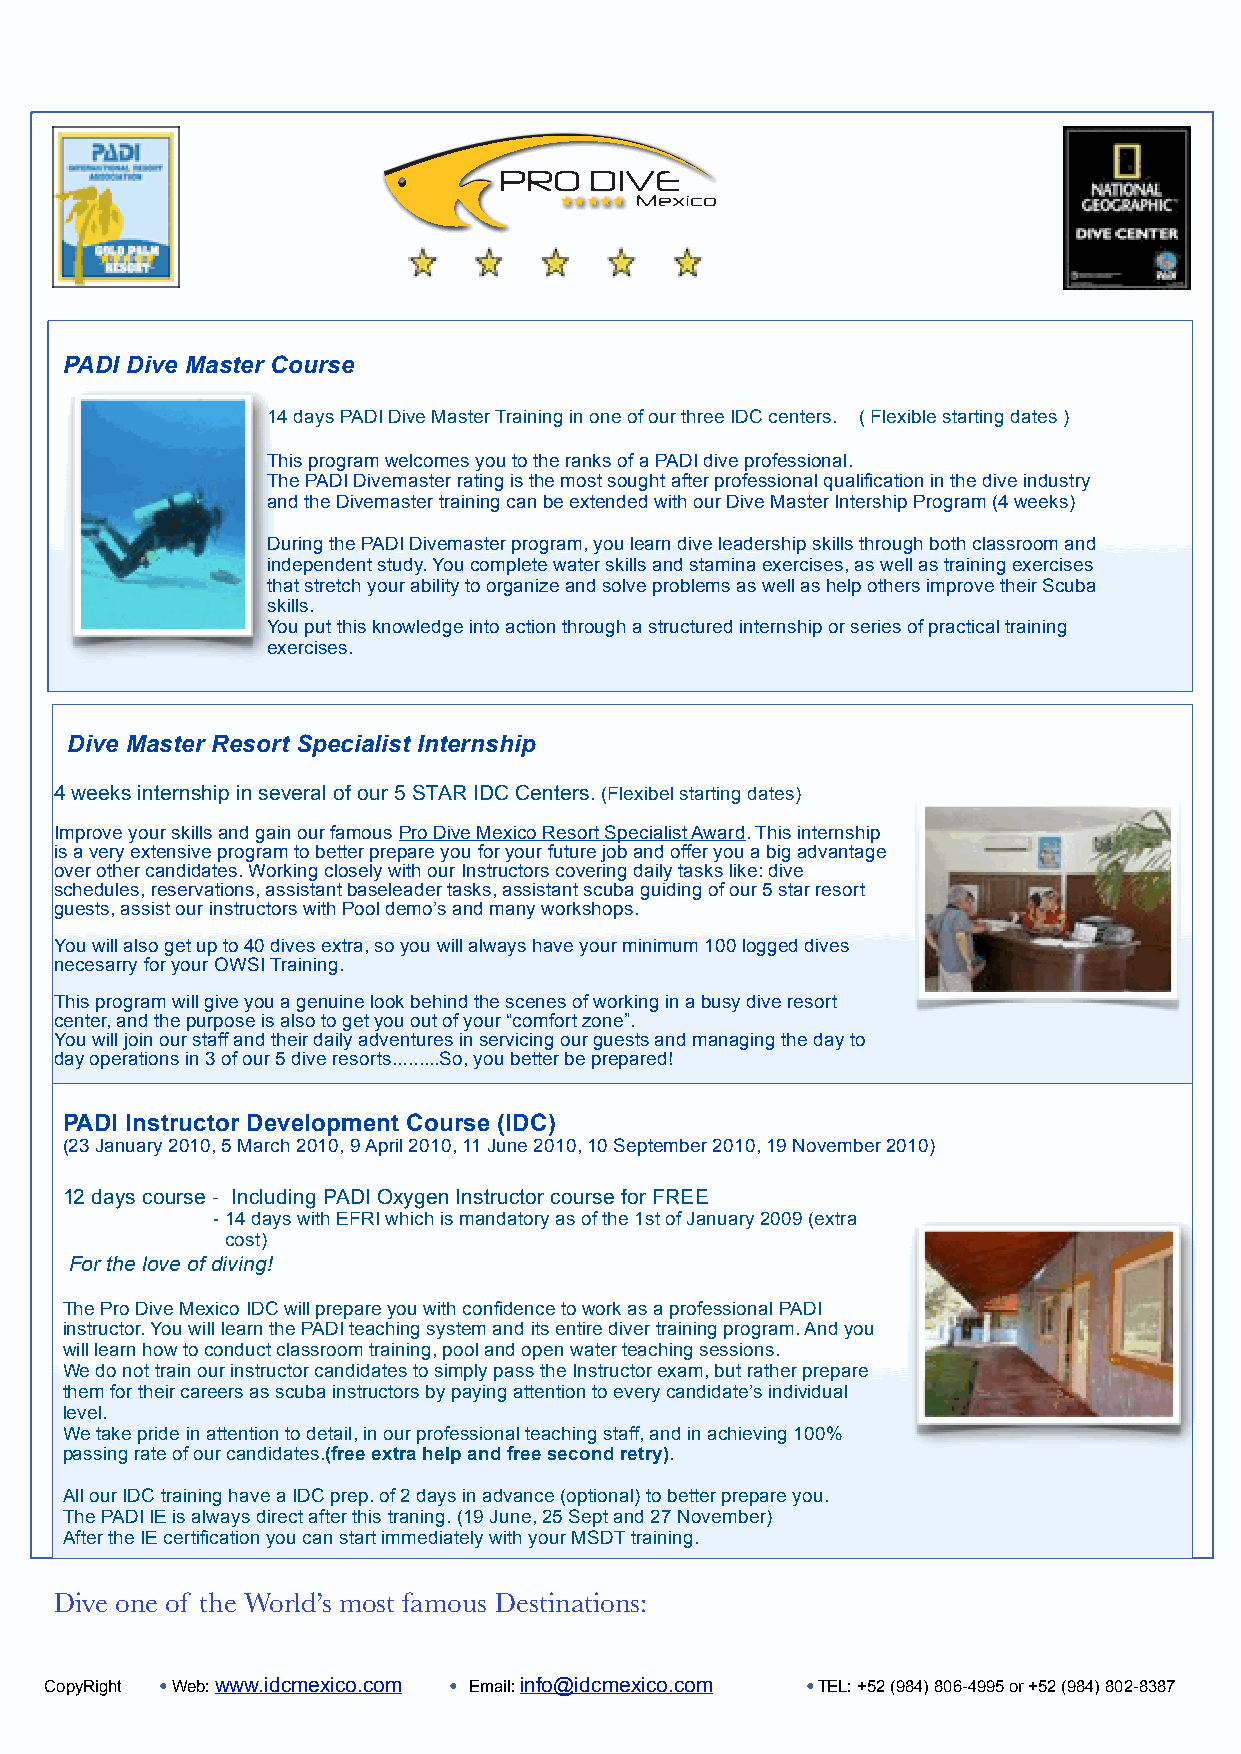
PADI Dive Master Course
 14 days PADI Dive Master Training in one of our three IDC centers. ( Flexible starting dates )
 This program welcomes you to the ranks of a PADI dive professional.
 The PADI Divemaster rating is the most sought after professional qualification in the dive industry
 and the Divemaster training can be extended with our Dive Master Intership Program (4 weeks)
 During the PADI Divemaster program, you learn dive leadership skills through both classroom and
 independent study. You complete water skills and stamina exercises, as well as training exercises
 that stretch your ability to organize and solve problems as well as help others improve their Scuba
 skills.
 You put this knowledge into action through a structured internship or series of practical training
 exercises.
 Dive Master Resort Specialist Internship
 4 weeks internship in several of our 5 STAR IDC Centers. (Flexibel starting dates)
 Improve your skills and gain our famous Pro Dive Mexico Resort Specialist Award. This internship
 is a very extensive program to better prepare you for your future job and offer you a big advantage
 over other candidates. Working closely with our Instructors covering daily tasks like: dive
 schedules, reservations, assistant baseleader tasks, assistant scuba guiding of our 5 star resort
 guests, assist our instructors with Pool demo’s and many workshops.
 You will also get up to 40 dives extra, so you will always have your minimum 100 logged dives
 necesarry for your OWSI Training.
 This program will give you a genuine look behind the scenes of working in a busy dive resort
 center, and the purpose is also to get you out of your “comfort zone”.
 You will join our staff and their daily adventures in servicing our guests and managing the day to
 day operations in 3 of our 5 dive resorts.........So, you better be prepared!
 PADI Instructor Development Course (IDC)
 (23 January 2010, 5 March 2010, 9 April 2010, 11 June 2010, 10 September 2010, 19 November 2010)
 12 days course - Including PADI Oxygen Instructor course for FREE
 - 14 days with EFRI which is mandatory as of the 1st of January 2009 (extra
 cost)
 For the love of diving!
 The Pro Dive Mexico IDC will prepare you with confidence to work as a professional PADI
 instructor. You will learn the PADI teaching system and its entire diver training program. And you
 will learn how to conduct classroom training, pool and open water teaching sessions.
 We do not train our instructor candidates to simply pass the Instructor exam, but rather prepare
 them for their careers as scuba instructors by paying attention to every candidate’s individual
 level.
 We take pride in attention to detail, in our professional teaching staff, and in achieving 100%
 passing rate of our candidates.(free extra help and free second retry).
 All our IDC training have a IDC prep. of 2 days in advance (optional) to better prepare you.
 The PADI IE is always direct after this traning. (19 June, 25 Sept and 27 November)
 After the IE certification you can start immediately with your MSDT training.
 Dive one of the World’s most famous Destinations:
 CopyRight •Web: www.idcmexico.com ! • Email: info@idcmexico.com •TEL: +52 (984) 806-4995 or +52 (984) 802-8387